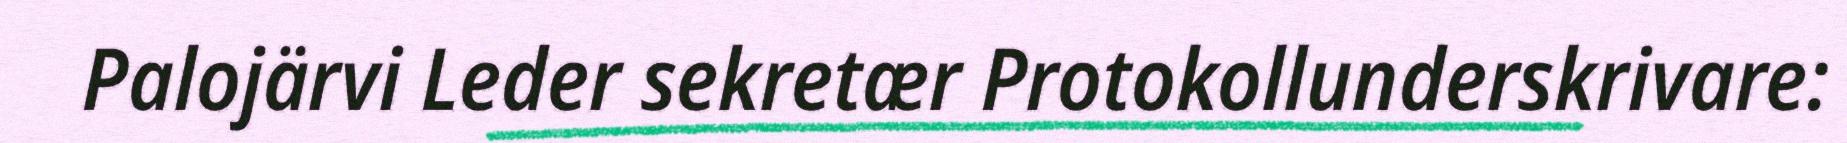
Palojärvi Leder sekretær Protokollunderskrivare: